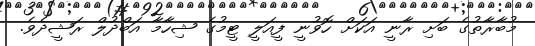
މުބާރާތުގެ ބަށި ރާނީ އަކަށް ހޮވުނީ ފީއަލީ ޓީމުގެ ޝިހާމާ އަބްދުލް ރަޝީދެވެ.